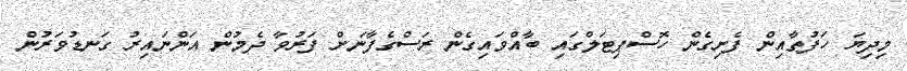
މިދިޔަ ހަފުތާއިން ފެށިގެން ހޮސްޕިޓަލްގައި ބާއްވައިގެން ރަސްގެފާނަށް ފަރުވާ ދެމުން އަންނައިރު ގަނޑުވަރުން